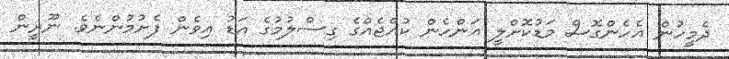
ދެމީހުން އެހެންގޮސް މަޑުކޮށްލީ އަންހެން ކުއްޖެއްގެ ގިސްލުމުގެ އަޑު އިވެން ފެށުމުންނެވެ. ނޫރީން